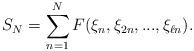
LaTeX: \begin{align*}S_N=\sum_{n=1}^NF(\xi_n,\xi_{2n},...,\xi_{\ell n}).\end{align*}